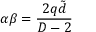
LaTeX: \alpha \beta = \frac { 2 q \tilde { d } } { D - 2 }